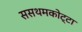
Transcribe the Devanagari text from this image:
ससथमकोट्टा